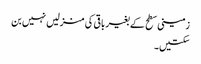
زمینی سطح کے بغیر باقی کی منزلیں نہیں بن
سکتیں۔